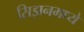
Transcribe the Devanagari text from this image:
सिझनमध्ये